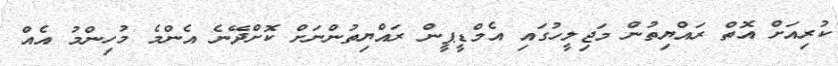
ކުރިއަށް އޮތް ރައްޔިތުން މަޖިލީހުގައި އެމްޑީޕީން ރައްޔިތުންނަށް ކޮށްދޭނެ އެންމެ މުހިންމު އެއް